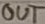
Text: OUT